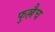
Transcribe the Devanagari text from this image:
फुल्लैच